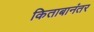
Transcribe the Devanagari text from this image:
किताबानंतर